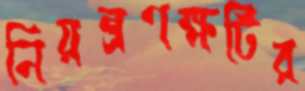
নিয়ন্ত্রণক্ষটির